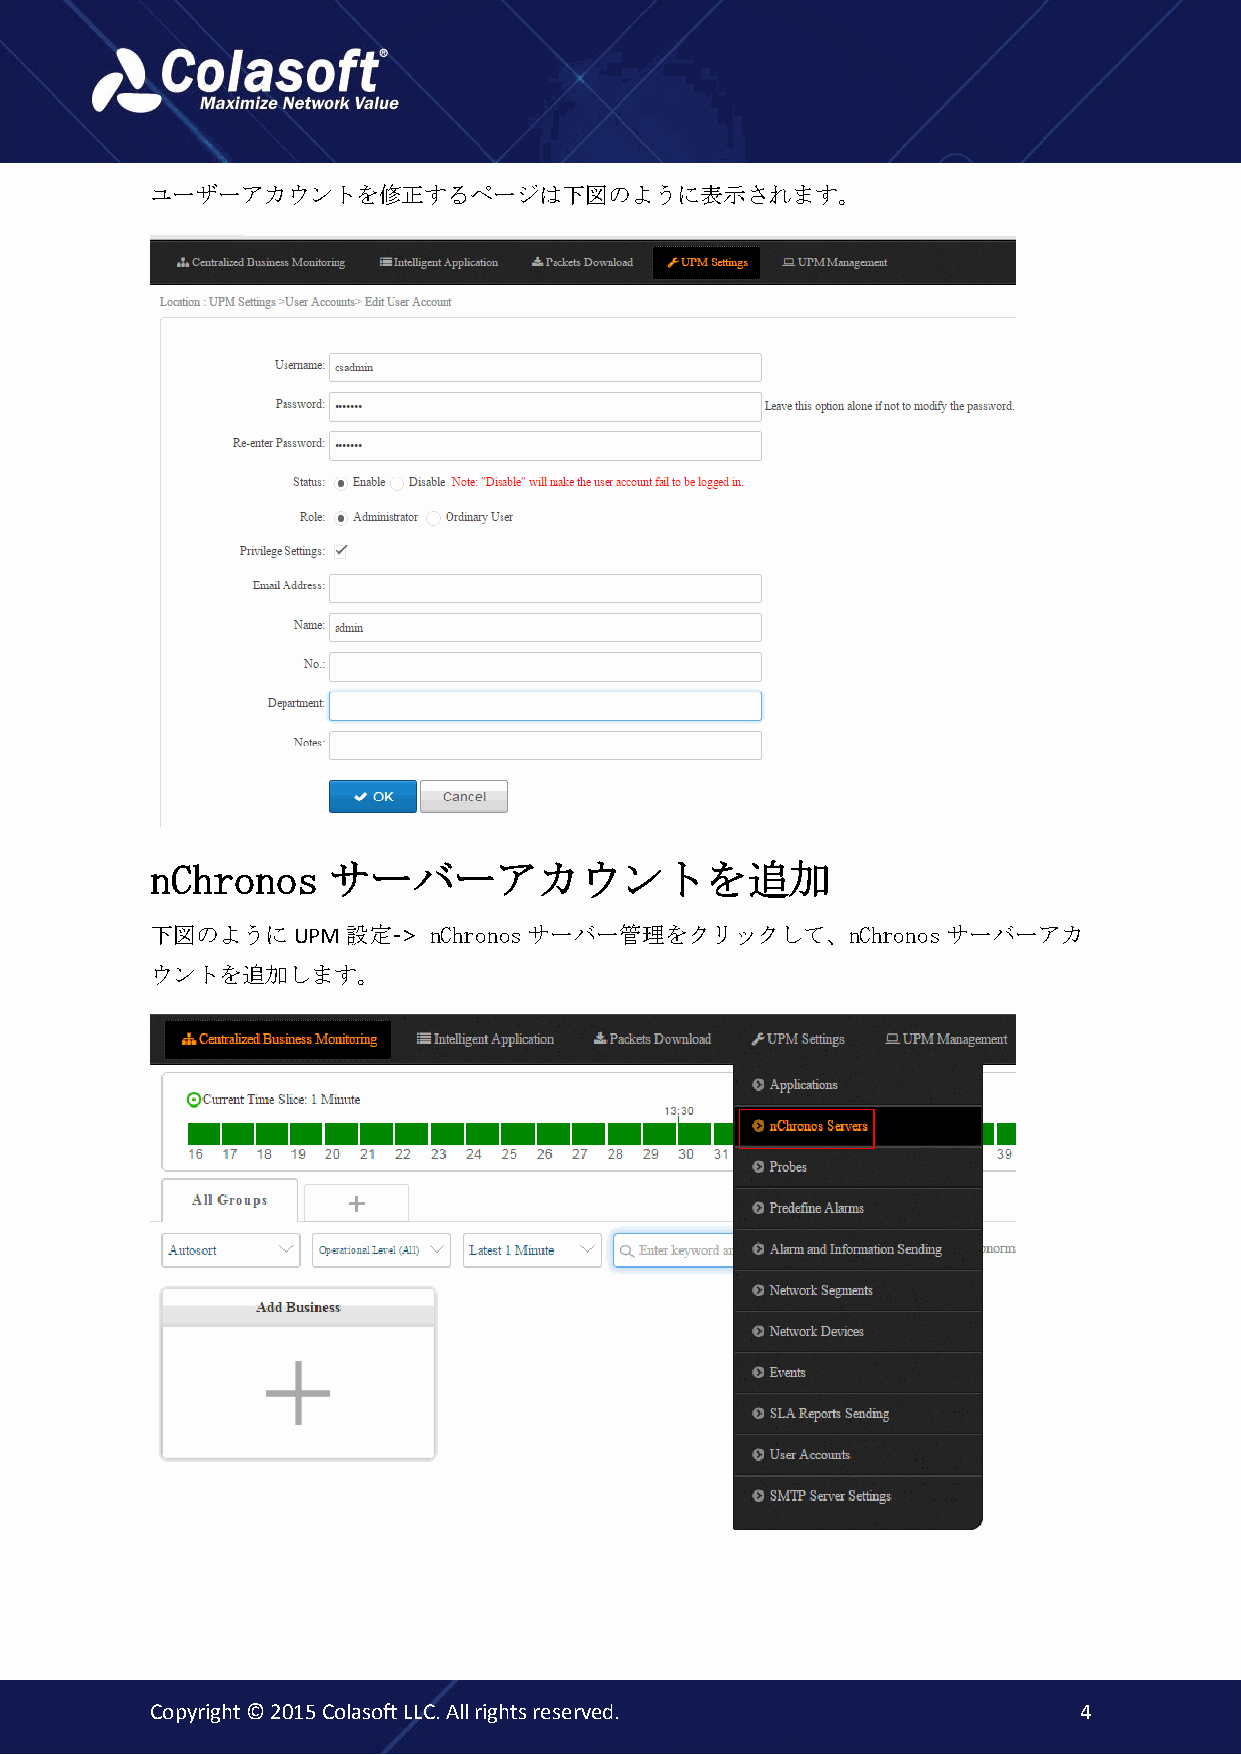
ユーザーアカウントを修正するページは下図のように表示されます。
 nChronos    サーバーアカウントを追加
 下図のようにUPM設定->     nChronosサーバー管理をクリックして、nChronosサーバーアカ
 ウントを追加します。
 Copyright © 2015 Colasoft LLC. All rights reserved.          4